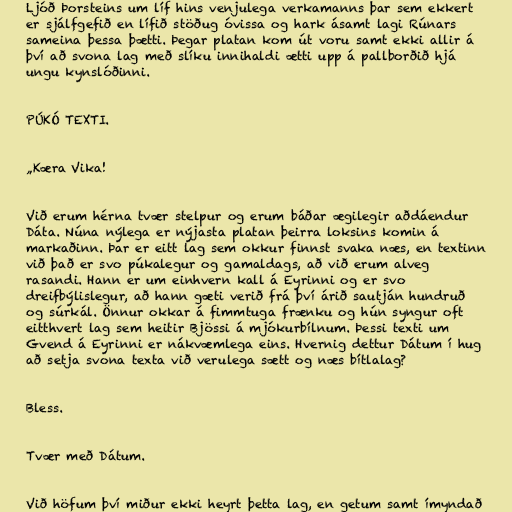
Ljóð Þorsteins um líf hins venjulega verkamanns þar sem ekkert
er sjálfgefið en lífið stöðug óvissa og hark ásamt lagi Rúnars
sameina þessa þætti. Þegar platan kom út voru samt ekki allir á
því að svona lag með slíku innihaldi ætti upp á pallborðið hjá
ungu kynslóðinni.

PÚKÓ TEXTI.

„Kæra Vika!

Við erum hérna tvær stelpur og erum báðar ægilegir aðdáendur
Dáta. Núna nýlega er nýjasta platan þeirra loksins komin á
markaðinn. Þar er eitt lag sem okkur finnst svaka næs, en textinn
við það er svo púkalegur og gamaldags, að við erum alveg
rasandi. Hann er um einhvern kall á Eyrinni og er svo
dreifbýlislegur, að hann gæti verið frá því árið sautján hundruð
og súrkál. Önnur okkar á fimmtuga frænku og hún syngur oft
eitthvert lag sem heitir Bjössi á mjókurbílnum. Þessi texti um
Gvend á Eyrinni er nákvæmlega eins. Hvernig dettur Dátum í hug
að setja svona texta við verulega sætt og næs bítlalag?

Bless.

Tvær með Dátum.

Við höfum því miður ekki heyrt þetta lag, en getum samt ímyndað